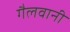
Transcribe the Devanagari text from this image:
गैलवानी